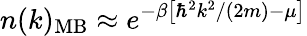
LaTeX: n(k)_{\mathrm{MB}}\approx e^{-\beta\left[\hbar^{2}k^{2}/(2m)-\mu\right]}